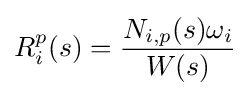
R_{i}^{p}(s)={\frac {N_{i,p}(s)\omega _{i}}{W(s)}}